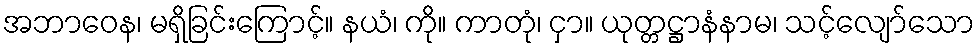
အဘာဝေန၊ မရှိခြင်းကြောင့်။ နယံ၊ ကို။ ကာတုံ၊ ငှာ။ ယုတ္တဋ္ဌာနံနာမ၊ သင့်လျော်သော